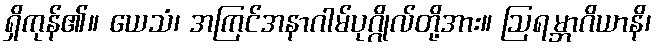
ရှိကုန်၏။ ယေသံ၊ အကြင်အနာဂါမ်ပုဂ္ဂိုလ်တို့အား။ ဩရမ္ဘာဂိယာနိ၊